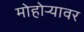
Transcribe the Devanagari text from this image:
मोहोऱ्यावर